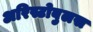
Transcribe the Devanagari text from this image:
अरिस्टोबुलस